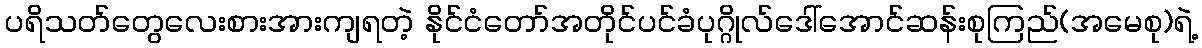
ပရိသတ်တွေလေးစားအားကျရတဲ့ နိုင်ငံတော်အတိုင်ပင်ခံပုဂ္ဂိုလ်ဒေါ်အောင်ဆန်းစုကြည်(အမေစု)ရဲ့